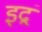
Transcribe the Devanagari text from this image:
इद्रं